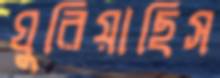
ঘুরিয়াছিস